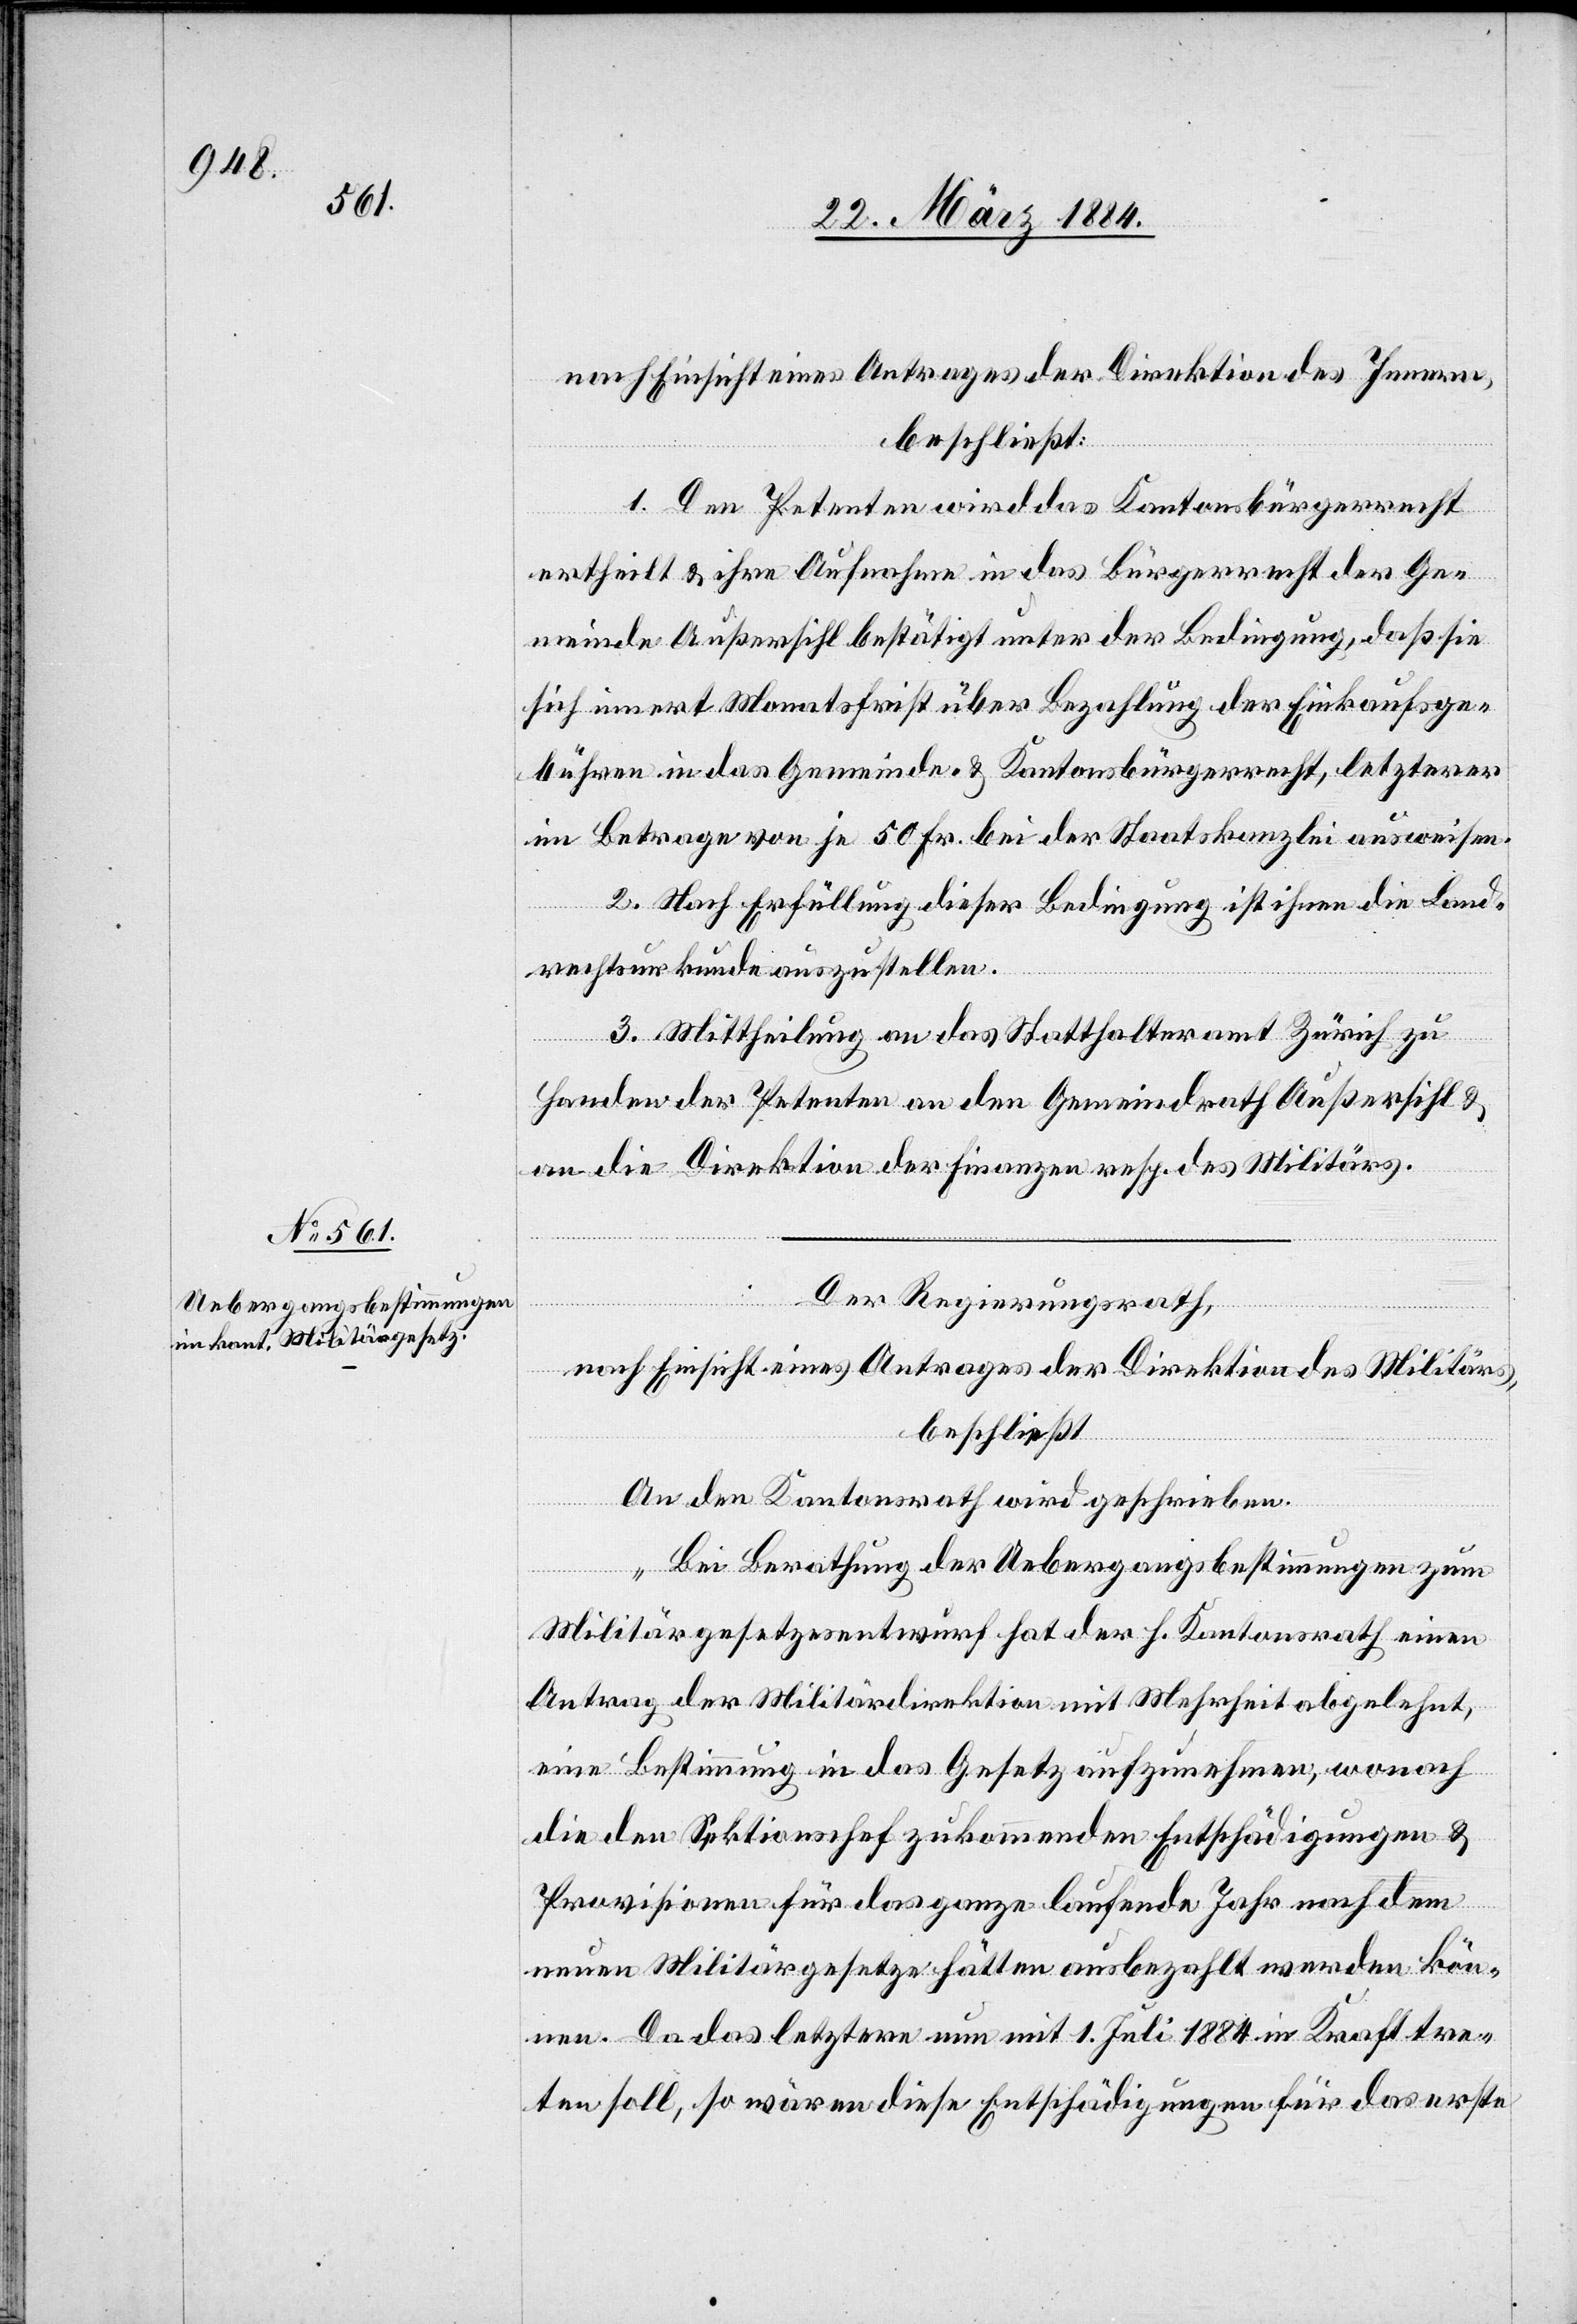
nach Einsicht eines Antrages der Direktion des Innern,
beschließt:
1. Den Petenten wird das Kantonsbürgerrecht
ertheilt & ihre Aufnahme in das Bürgerrecht der Ge¬
meinde Außersihl bestätigt unter der Bedingung, daß sie
sich innert Monatsfrist über Bezahlung der Einkaufsge¬
bühren in das Gemeinde- & Kantonsbürgerrecht, letzterer
im Betrage von je 50 Fr. bei der Staatskanzlei ausweisen.
2. Nach Erfüllung dieser Bedingung ist ihnen die Land¬
rechtsurkunde auszustellen.
3. Mittheilung an das Statthalteramt Zürich zu
Handen der Petenten & an den Gemeindrath Außersihl &
an die Direktionen der Finanzen resp. des Militärs.
Der Regierungsrath,
nach Einsicht eines Antrages der Direktion des Militärs,
beschließt:
An den Kantonsrath wird geschrieben:
„Bei Berathung der Uebergangsbestimmungen zum
Militärgesetzesentwurf hat der h. Kantonsrath einen
Antrag der Militärdirektion mit Mehrheit abgelehnt,
eine Bestimmung in das Gesetz aufzunehmen, wonach
die dem Sektionschef zukommenden Entschädigungen &
Provisionen für das ganze laufende Jahr nach dem
neuen Militärgesetze hätten ausbezahlt werden kön¬
nen. Da das letztere nun mit 1. Juli 1884 in Kraft tre¬
ten soll, so wären diese Entschädigungen für das erste